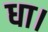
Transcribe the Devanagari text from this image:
धा।